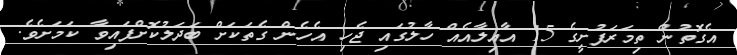
އެގޮތުން ތިމަރަފުށީގެ 15 އާއިލާއެއް ހާލުގައި ޖެހި އެހެން ގެތަކަށް ބަދަލުކޮށްފައިވާ ކަމަށެވެ.